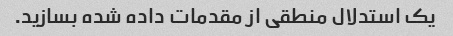
یک استدلال منطقی از مقدمات داده شده بسازید.